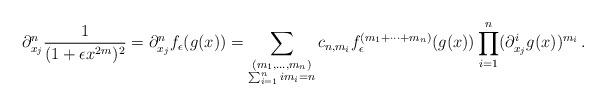
LaTeX: \begin{align*}\partial_{x_j}^n\frac{1}{(1+\epsilon x^{2m})^2}=\partial_{x_j}^nf_\epsilon(g(x))=\sum_{\substack{(m_1,\dots,m_n)\\\sum_{i=1}^nim_i=n}}c_{n,m_i}f_\epsilon^{(m_1+\dots+m_n)}(g(x))\prod_{i=1}^n(\partial_{x_j}^ig(x))^{m_i}\,.\end{align*}